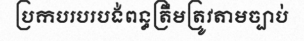
ប្រកបរបរបង់ពន្ធត្រឹមត្រូវតាមច្បាប់